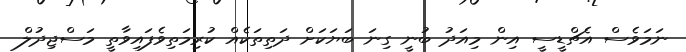
ނަމަވެސް އެޗްޑީސީ އިން މިއަދު ބުނީ ގިނަ ބަޔަކަށް ދަތިތަކެއް ކުރިމަތިވެފައިވާތީ މަސްޖިދުލް